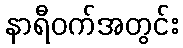
နာရီဝက်အတွင်း